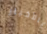
بالأخبار